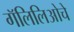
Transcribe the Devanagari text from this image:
गॅलिलिओचे